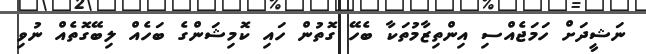
ނަޝީދަށް ހަމަޖެއްސި އިންތިޒާމުތަކާ ބެހޭ ގޮތުން ހައި ކޮމިޝަންގެ ބަހެއް ލިބޭގޮތެއް ނުވި